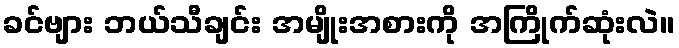
ခင်ဗျား ဘယ်သီချင်း အမျိုးအစားကို အကြိုက်ဆုံးလဲ။